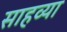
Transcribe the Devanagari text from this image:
साहव्या